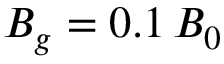
B _ { g } = 0 . 1 \, B _ { 0 }